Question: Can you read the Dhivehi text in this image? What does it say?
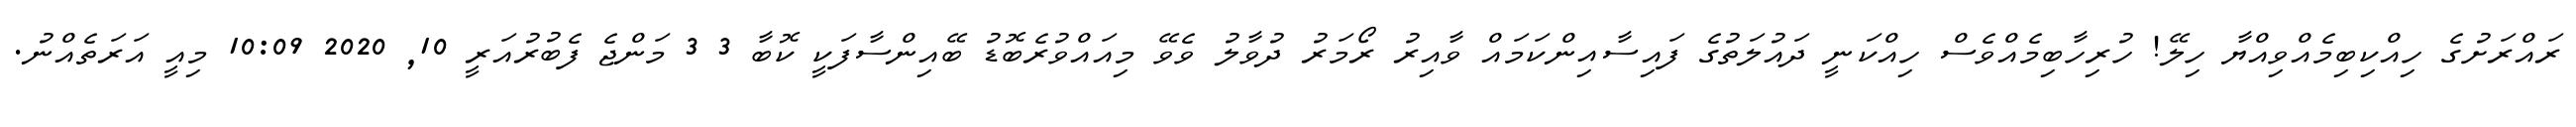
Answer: ރައްރަށުގެ ހިއްކިބިމެއްވިއްޔާ ހިލޭ! ހުރިހާބިމެއްވެސް ހިއްކަނީ ދައުލަތުގެ ފައިސާއިންކަމައް ވާއިރު ރޯމަރު ދުވާލު ވެވޭ މިއައްވުރެބޮޑު ބޭއިންސާފަކީ ކޮބާ 3 3 މަންޖެ ފެބުރުއަރީ 10, 2020 10:09 މިއީ އަރަތެއްނު.